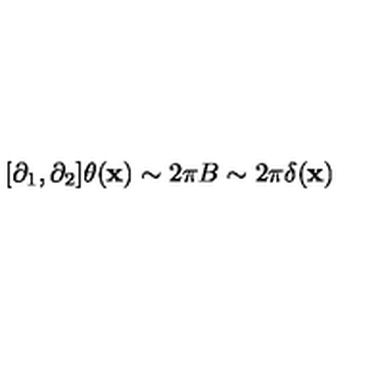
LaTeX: [ \partial _ { 1 } , \partial _ { 2 } ] \theta ( { \bf x } ) \sim 2 \pi B \sim 2 \pi \delta ( { \bf x } )